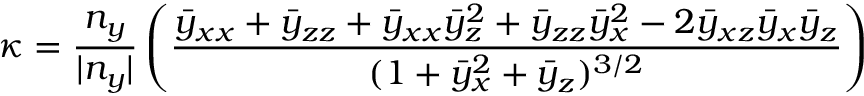
\kappa = \frac { n _ { y } } { | n _ { y } | } \left( \frac { \bar { y } _ { x x } + \bar { y } _ { z z } + \bar { y } _ { x x } \bar { y } _ { z } ^ { 2 } + \bar { y } _ { z z } \bar { y } _ { x } ^ { 2 } - 2 \bar { y } _ { x z } \bar { y } _ { x } \bar { y } _ { z } } { ( 1 + \bar { y } _ { x } ^ { 2 } + \bar { y } _ { z } ) ^ { 3 / 2 } } \right)